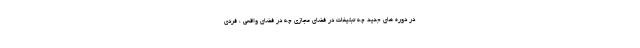
در دوره های جدید چه تبلیغات در فضای مجازی چه در فضای واقعی ، فردی